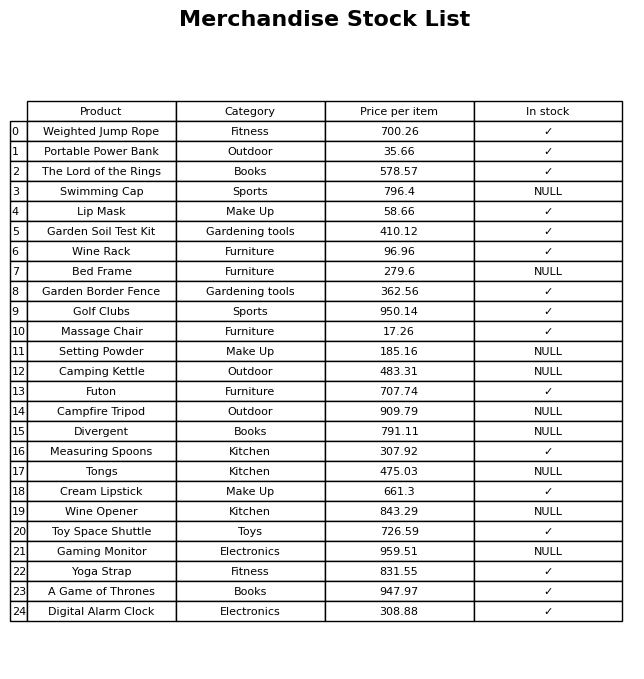
question: What is the price of the Digital Alarm Clock?
answer: The price of Digital Alarm Clock is 308.88.